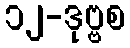
၁၂-ဒုဗ္ဗစ